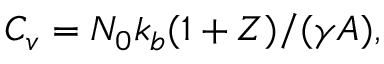
C _ { v } = { N _ { 0 } k _ { b } ( 1 + Z ) } / ( { \gamma A } ) ,